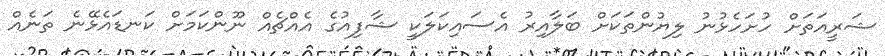
ޝަރީއަތަށް ހުށަހެޅުނު ލިޔުންތަކަށް ބަލާއިރު އެސައިކަލަކީ ޝާފިއުގެ އެއްޗެއް ނޫންކަަމަށް ކަނޑައެޅޭނެ ތަނެއް